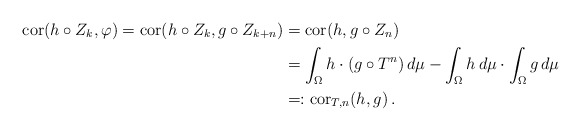
\begin{align*} \mathrm{cor} (h \circ Z_k, \varphi) = \mathrm{cor} (h \circ Z_k, g\circ Z_{k+n}) & = \mathrm{cor} (h , g\circ Z_{n}) \\ & = \int_{\Omega} h \cdot (g \circ T^n) \, d \mu - \int_{\Omega} h \, d \mu \cdot \int_{\Omega} g \, d \mu \\ & = : \mathrm{cor}_{T, n}(h,g)\, .\end{align*}